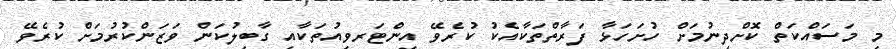
މި މަސައްކަތް ކޮށްދިނުމަށް ހުށަހަޅާ ފަރާތްތަކާއެކު ކުރެވޭ އިންޓަރވިއުތަކާއި ގާބިލުކަން ވަޒަންކުރުމަށް ކުރެވޭ